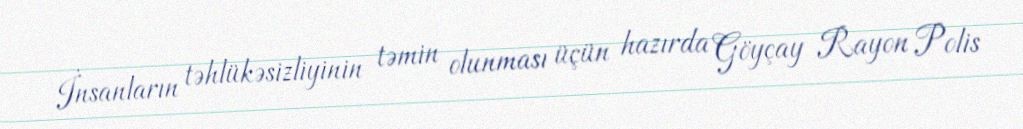
İnsanların təhlükəsizliyinin təmin olunması üçün hazırda Göyçay Rayon Polis